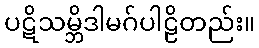
ပဋိသမ္ဘိဒါမဂ်ပါဠိတည်း။